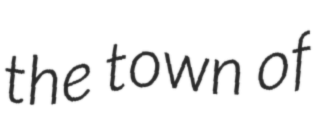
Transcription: the town of